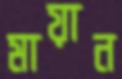
মায়ান